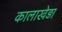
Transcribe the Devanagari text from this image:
कालाखेड़ा